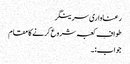
رعناواری سرینگر
طوافِ کعبہ شروع کرنے کا مقام
جواب:۔